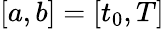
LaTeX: [a,b]=[t_{0},T]